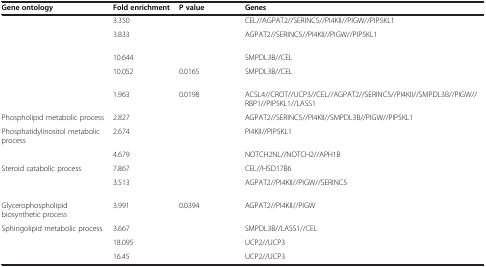
<table><thead><tr><td><b>Gene ontology</b></td><td><b>Fold enrichment</b></td><td><b>P value</b></td><td><b>Genes</b></td></tr></thead><tbody><tr><td>[EMPTY_CELL]</td><td>3.350</td><td>[EMPTY_CELL]</td><td>CEL//AGPAT2//SERINC5//PI4KII//PIGW//PIP5KL1</td></tr><tr><td>[EMPTY_CELL]</td><td>3.833</td><td>[EMPTY_CELL]</td><td>AGPAT2//SERINC5//PI4KII//PIGW//PIP5KL1</td></tr><tr><td>[EMPTY_CELL]</td><td>10.644</td><td>[EMPTY_CELL]</td><td>SMPDL3B//CEL</td></tr><tr><td>[EMPTY_CELL]</td><td>10.052</td><td>0.0165</td><td>SMPDL3B//CEL</td></tr><tr><td>[EMPTY_CELL]</td><td>1.963</td><td>0.0198</td><td>ACSL4//CROT//UCP3//CEL//AGPAT2//SERINC5//PI4KII//SMPDL3B//PIGW//RBP1//PIP5KL1//LASS1</td></tr><tr><td>Phospholipid metabolic process</td><td>2.827</td><td>[EMPTY_CELL]</td><td>AGPAT2//SERINC5//PI4KII//SMPDL3B//PIGW//PIP5KL1</td></tr><tr><td>Phosphatidylinositol metabolic process</td><td>2.674</td><td>[EMPTY_CELL]</td><td>PI4KII//PIP5KL1</td></tr><tr><td>[EMPTY_CELL]</td><td>4.679</td><td>[EMPTY_CELL]</td><td>NOTCH2NL//NOTCH2//APH1B</td></tr><tr><td>Steroid catabolic process</td><td>7.867</td><td>[EMPTY_CELL]</td><td>CEL//HSD17B6</td></tr><tr><td>[EMPTY_CELL]</td><td>3.513</td><td>[EMPTY_CELL]</td><td>AGPAT2//PI4KII//PIGW//SERINC5</td></tr><tr><td>Glycerophospholipid biosynthetic process</td><td>3.991</td><td>0.0394</td><td>AGPAT2//PI4KII//PIGW</td></tr><tr><td>Sphingolipid metabolic process</td><td>3.667</td><td>[EMPTY_CELL]</td><td>SMPDL3B//LASS1//CEL</td></tr><tr><td>[EMPTY_CELL]</td><td>18.095</td><td>[EMPTY_CELL]</td><td>UCP2//UCP3</td></tr><tr><td>[EMPTY_CELL]</td><td>16.45</td><td>[EMPTY_CELL]</td><td>UCP2//UCP3</td></tr></tbody></table>